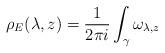
LaTeX: \begin{align*}\rho_E(\lambda, z)= \frac{1}{2\pi i}\int_{\gamma} \omega_{\lambda, z}\end{align*}